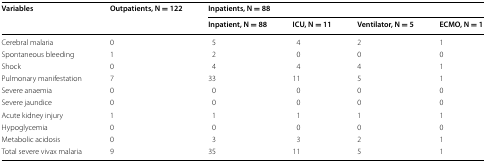
<table><thead><tr><td rowspan="2"><b>Variables</b></td><td rowspan="2"><b>Outpatients, N = 122</b></td><td colspan="4"><b>Inpatients, N = 88</b></td></tr><tr><td><b>Inpatient, N = 88</b></td><td><b>ICU, N = 11</b></td><td><b>Ventilator, N = 5</b></td><td><b>ECMO, N = 1</b></td></tr></thead><tbody><tr><td>Cerebral malaria</td><td>0</td><td>5</td><td>4</td><td>2</td><td>1</td></tr><tr><td>Spontaneous bleeding</td><td>1</td><td>2</td><td>0</td><td>0</td><td>0</td></tr><tr><td>Shock</td><td>0</td><td>4</td><td>4</td><td>4</td><td>1</td></tr><tr><td>Pulmonary manifestation</td><td>7</td><td>33</td><td>11</td><td>5</td><td>1</td></tr><tr><td>Severe anaemia</td><td>0</td><td>0</td><td>0</td><td>0</td><td>0</td></tr><tr><td>Severe jaundice</td><td>0</td><td>0</td><td>0</td><td>0</td><td>0</td></tr><tr><td>Acute kidney injury</td><td>1</td><td>1</td><td>1</td><td>1</td><td>1</td></tr><tr><td>Hypoglycemia</td><td>0</td><td>0</td><td>0</td><td>0</td><td>0</td></tr><tr><td>Metabolic acidosis</td><td>0</td><td>3</td><td>3</td><td>2</td><td>1</td></tr><tr><td>Total severe vivax malaria</td><td>9</td><td>35</td><td>11</td><td>5</td><td>1</td></tr></tbody></table>